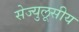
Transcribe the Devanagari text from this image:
सेज्युलूसीय